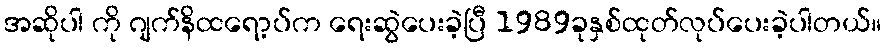
အဆိုပါ ကို ဂျက်နိထရော့ပ်က ရေးဆွဲပေးခဲ့ပြီ 1989ခုနှစ်ထုတ်လုပ်ပေးခဲ့ပါတယ်။